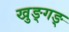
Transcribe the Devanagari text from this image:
खुङ्गङ्